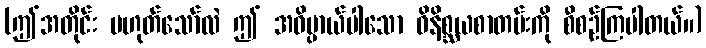
(ဤအတိုင်း မဟုတ်သော်လဲ ဤ အဓိပ္ပာယ်ပါသော ဝိနိစ္ဆယစာတမ်းကို စီစဉ်ကြပါတယ်။)